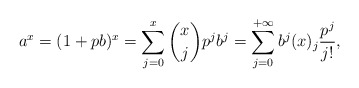
\begin{align*}a^x=(1+pb)^x=\sum_{j=0}^x {x\choose j}p^jb^j=\sum_{j=0}^{+\infty} b^j(x)_j\frac{p^j}{j!},\end{align*}